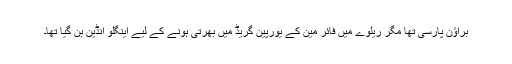
براﺅن پارسی تھا مگر ریلوے میں فائر مین کے یورپین گریڈ میں بھرتی ہونے کے لیے اینگلو انڈین بن گیا تھا۔